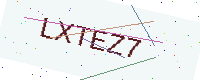
Text: LXTEZ7